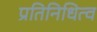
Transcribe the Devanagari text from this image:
प्रतिनिधित्व